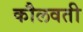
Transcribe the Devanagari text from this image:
कौलवती